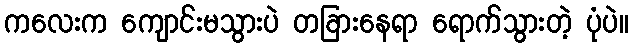
ကလေးက ကျောင်းမသွားပဲ တခြားနေရာ ရောက်သွားတဲ့ ပုံပဲ။